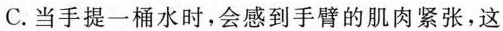
C.当手提一桶水时，会感到手臂的肌肉紧张，这